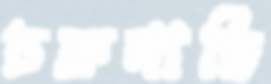
চক্রনাভি